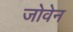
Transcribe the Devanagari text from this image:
जोवेन